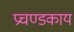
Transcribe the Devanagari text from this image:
प्रचण्डकाय